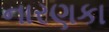
નારણકા